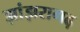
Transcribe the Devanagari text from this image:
झांझरागढ़